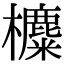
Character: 𣟸